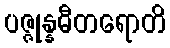
ပဇ္ဇုန္နဓီတရောတိ